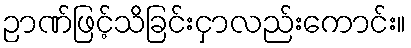
ဉာဏ်ဖြင့်သိခြင်းငှာလည်းကောင်း။